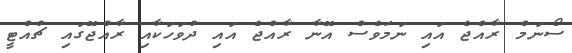
ސޯނަމް ރާއްޖެ އައި ނަމަވެސް އޭނާ ރާއްޖެ އައި ދުވަހަކާއި ރާއްޖޭގައި ޗުއްޓީ